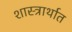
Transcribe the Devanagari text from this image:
शास्त्रार्थात